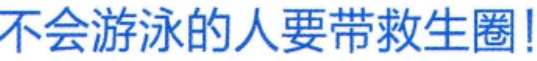
不会游泳的人要带救生圈!